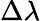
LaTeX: \Delta\lambda